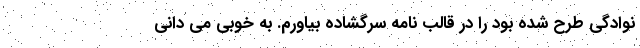
نوادگی طرح شده بود را در قالب نامه سرگشاده بیاورم. به خوبی می دانی